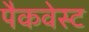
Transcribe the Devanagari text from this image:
पैकवेस्ट